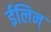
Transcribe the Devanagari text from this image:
ईलिन्